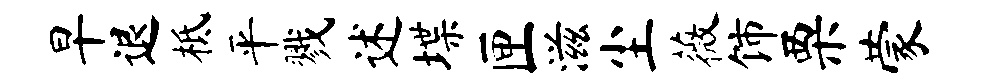
早退柢平戮述堞匣滋尘薇饰栗蒙